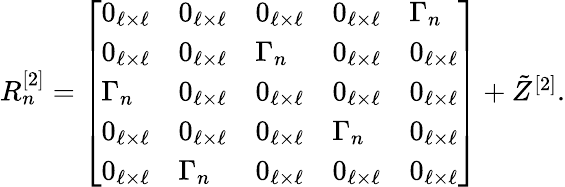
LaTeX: \begin{array}{r}{R_{n}^{[2]}=\left[\begin{array}{lllll}{0_{\ell\times\ell}}&{0_{\ell\times\ell}}&{0_{\ell\times\ell}}&{0_{\ell\times\ell}}&{\Gamma_{n}}\\ {0_{\ell\times\ell}}&{0_{\ell\times\ell}}&{\Gamma_{n}}&{0_{\ell\times\ell}}&{0_{\ell\times\ell}}\\ {\Gamma_{n}}&{0_{\ell\times\ell}}&{0_{\ell\times\ell}}&{0_{\ell\times\ell}}&{0_{\ell\times\ell}}\\ {0_{\ell\times\ell}}&{0_{\ell\times\ell}}&{0_{\ell\times\ell}}&{\Gamma_{n}}&{0_{\ell\times\ell}}\\ {0_{\ell\times\ell}}&{\Gamma_{n}}&{0_{\ell\times\ell}}&{0_{\ell\times\ell}}&{0_{\ell\times\ell}}\end{array}\right]+\tilde{Z}^{[2]}.}\end{array}